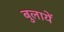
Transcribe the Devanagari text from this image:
बुलायें